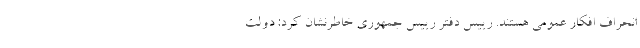
انحراف افکار عمومی هستند. رییس دفتر رییس جمهوری خاطرنشان کرد: دولت